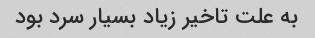
به علت تاخیر زیاد بسیار سرد بود